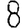
Digit: 8